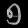
Digit: ၅